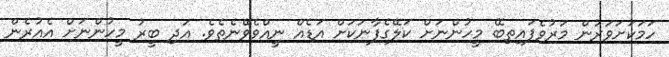
ހަމަކަށަވަރުން މަރުވެފައިތިބޭ މީހުންނަށް ކަލޭގެފާނަކަށް އަޑެއް ނީއްވެވޭނެތެވެ. އަދި ބީރު މީހުންނަށް އެއުރެން